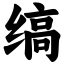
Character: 缟